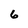
Character: 6